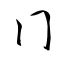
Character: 冂